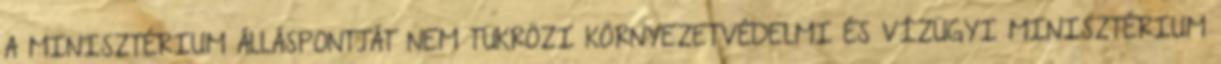
A MINISZTÉRIUM ÁLLÁSPONTJÁT NEM TÜKRÖZI KÖRNYEZETVÉDELMI ÉS VÍZÜGYI MINISZTÉRIUM